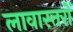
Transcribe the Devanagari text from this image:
लावास्तरोें